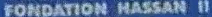
FONDATION HASSAN II